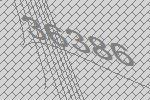
36386